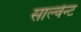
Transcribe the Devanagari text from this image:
साल्वेन्ट